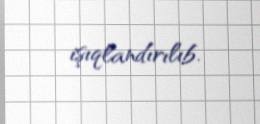
işıqlandırılıb.